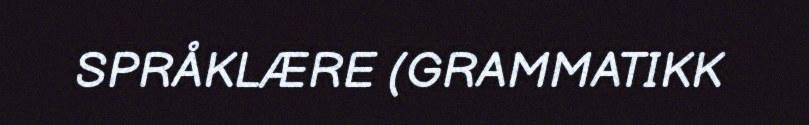
SPRÅKLÆRE (GRAMMATIKK